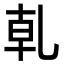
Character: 乹